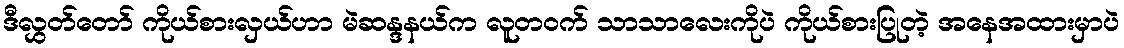
ဒီလွှတ်တော် ကိုယ်စားလှယ်ဟာ မဲဆန္ဒနယ်က လူတဝက် သာသာလေးကိုပဲ ကိုယ်စားပြုတဲ့ အနေအထားမှာပဲ